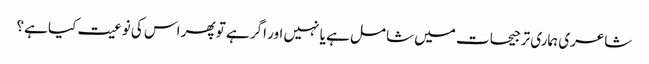
شاعری ہماری ترجیحات میں شامل ہے یا نہیں اور اگر ہے تو پھر اس کی نوعیت کیا ہے؟